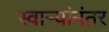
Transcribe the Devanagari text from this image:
स्वाऱ्यांनंतर